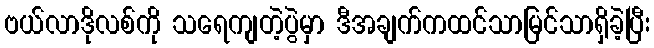
ဗယ်လာဒိုလစ်ကို သရေကျတဲ့ပွဲမှာ ဒီအချက်ကထင်သာမြင်သာရှိခဲ့ပြီး